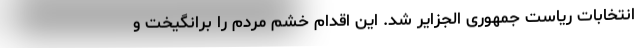
انتخابات ریاست جمهوری الجزایر شد. این اقدام خشم مردم را برانگیخت و